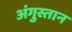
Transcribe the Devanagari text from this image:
अंगुस्तान